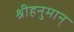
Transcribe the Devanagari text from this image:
श्रीहनुमान्